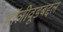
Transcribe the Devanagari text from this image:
हॉलीवूडबद्दल